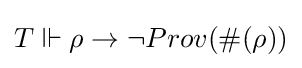
T\Vdash \rho \rightarrow \neg Prov(\#(\rho ))